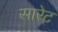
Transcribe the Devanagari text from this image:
सारेट